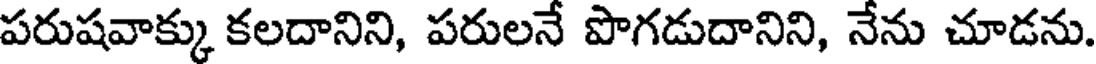
పరుషవాక్కు కలదానిని, పరులనే పొగడుదానిని, నేను చూడను